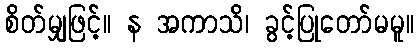
စိတ်မျှဖြင့်။ န အကာသိ၊ ခွင့်ပြုတော်မမူ။